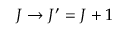
J \to J ^ { \prime } = J + 1